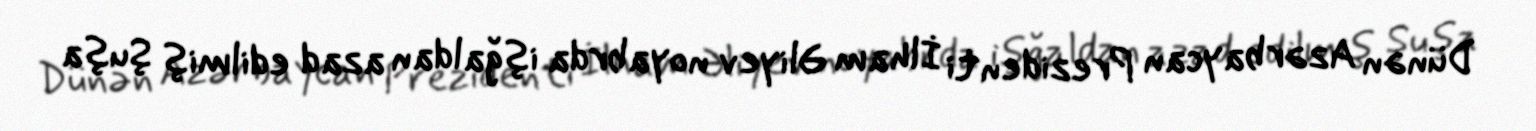
Dünən Azərbaycan Prezidenti İlham Əliyev noyabrda işğaldan azad edilmiş Şuşa